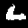
Digit: 6